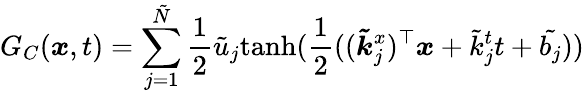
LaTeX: G_{C}(\boldsymbol{x},t)=\sum_{j=1}^{\tilde{N}}\frac{1}{2}\tilde{u}_{j}\mathrm{tanh}(\frac{1}{2}((\boldsymbol{\tilde{k}}_{j}^{x})^{\top}\boldsymbol{x}+\tilde{k}_{j}^{t}t+\tilde{b_{j}}))